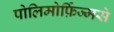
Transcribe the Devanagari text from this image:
पोलिमोर्फ़िज्मसे